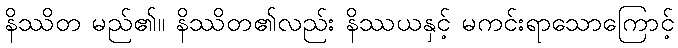
နိဿိတ မည်၏။ နိဿိတ၏လည်း နိဿယနှင့် မကင်းရာသောကြောင့်